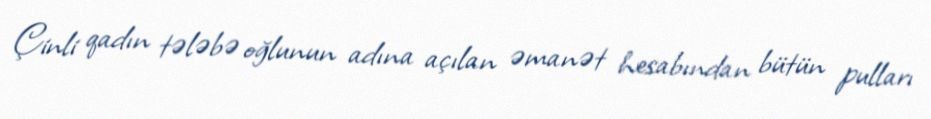
Çinli qadın tələbə oğlunun adına açılan əmanət hesabından bütün pulları